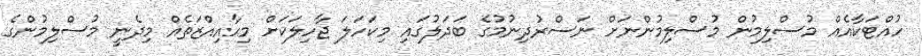
ހުއްޓަކާއެއް މުސްލިމުން މުސްލިމުންނަށް ނަސްރުދިނުމުގެ ބަދަލުގައި މިކަހަލަ ޖާހިލަކަށް މިހާއިއްޒަތެއް މިދެނީ މުސްލިމުންގެ